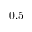
0 . 5